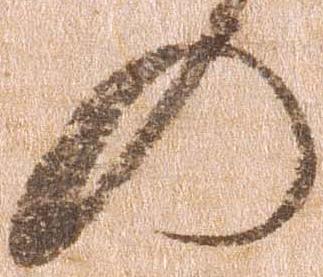
の